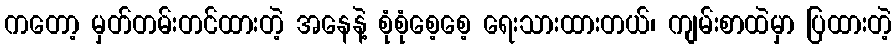
ကတော့ မှတ်တမ်းတင်ထားတဲ့ အနေနဲ့ စုံစုံစေ့စေ့ ရေးသားထားတယ်၊ ကျမ်းစာထဲမှာ ပြထားတဲ့